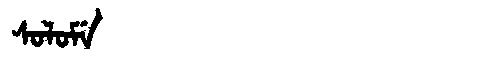
Manchu: ᠰᠣᠯᠣᠮᡝ
Romanization: SOLOME